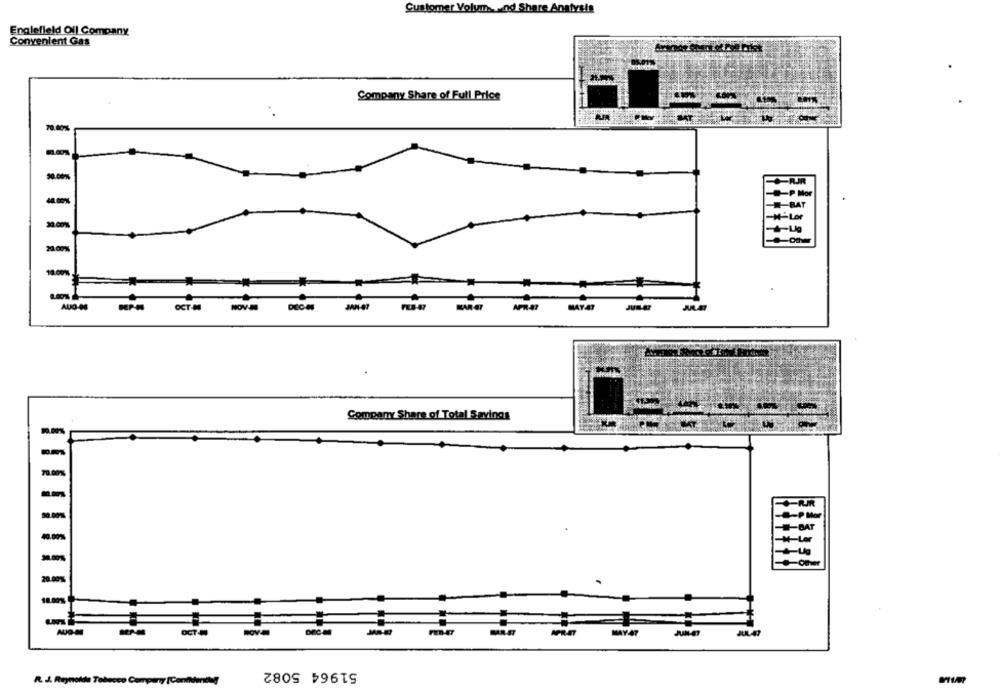
Customer Volums + nd Share Analysis
Englefield Oil Company
Convenient Gas
Company Share of Full Price
70.00%
RJR
-- P Mor
40.00%
BAT
-H-Lor
20.00%
20.00%
18.00%
APR-47
AUG-06
DEPH
OCT-N
NOV
DECH
LAR AT
Company Share of Total Savings
10.001
70.00%%
40.00%
-N-Ler
-Other
20.00%
OCT
-
51964 5082
R. J. Reynolds Tabacco Company [Con